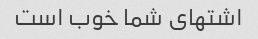
اشتهای شما خوب است